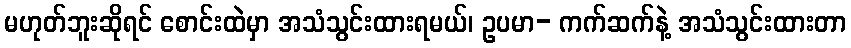
မဟုတ်ဘူးဆိုရင် စောင်းထဲမှာ အသံသွင်းထားရမယ်၊ ဥပမာ- ကက်ဆက်နဲ့ အသံသွင်းထားတာ